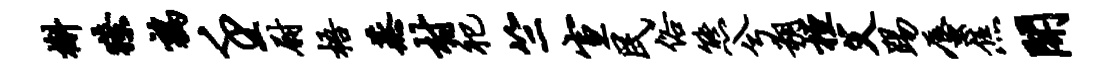
槲獠鹑壬尉梧蒸村祀竺宣民俗熊兮朔桓父踢蜃焦开